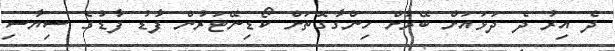
ދެ އިރު ދެ ދަޅައަށް ބޭރަށް ހިންގާގޮތަށް ކޯޑިނޭޓަރުން ފާޑު ފާޑުގެ ސިޔާސި